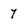
Character: 7